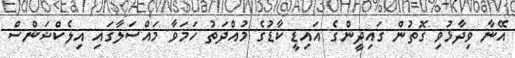
އޭނާ ވިދާޅުވި ގޮތުން ގައިދީންގެ އައިޑީ ކާޑުގެ މުއްދަތު ހަމަވާ މައްސަލާގައި އިލެކްޝަންސް